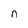
Character: n